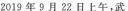
2019年9月22日上午，武